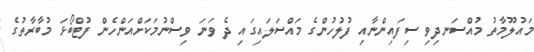
މައުލޫމާތު މުއްސަނދިވި ސިފައިންނާއި ފުލުހުުންގެ މައްސަލައިގައި ދެ ވަނަ ވިސްނުމަކަށްއަންހެން ފުޓްބޯޅަ މުބާރާތުގެ